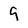
Character: 9